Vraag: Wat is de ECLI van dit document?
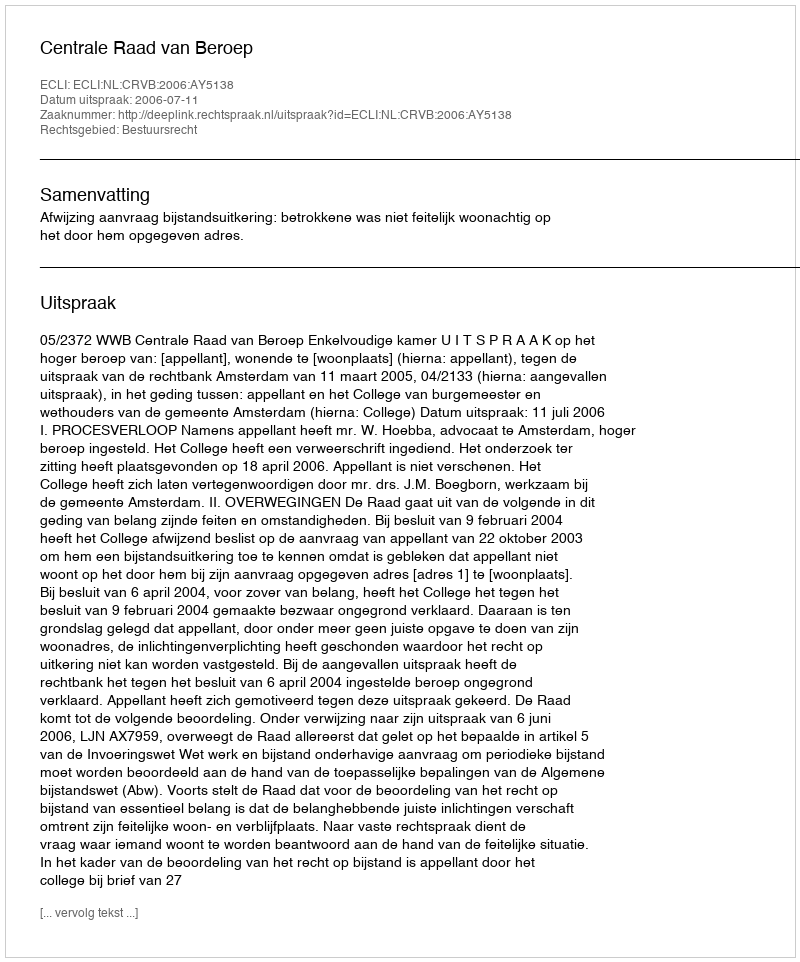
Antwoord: ECLI:NL:CRVB:2006:AY5138